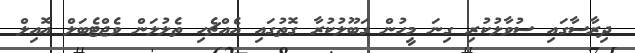
ދިރާސާގައި ސުވާލުކުރި ގިނަ މީހުން ގަބޫލުުކުރާ ގޮތުގައި އެއްޗެހި ތެލުލަން ވެޖްޓެބަލް އޮއިލް